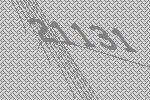
21131